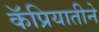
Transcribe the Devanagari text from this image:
कॅप्रियातीने